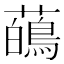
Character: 𬟑